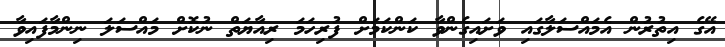
އޭގެ އިތުރުން އެމައްސަލާގައި ވަށައިގެންވާ ކަންކަމަށް ފުރިހަމަ ރިއާޔަތް ނުކޮށް މައްސަލަ ނިންމާފައިވާ